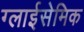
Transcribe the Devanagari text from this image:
ग्लाईसेमिक